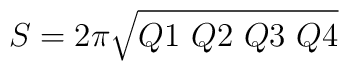
S= 2\pi\sqrt{Q1 ~Q2 ~Q3 ~Q4}